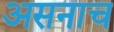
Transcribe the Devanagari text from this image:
असनाच